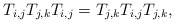
\begin{gather*}T_{i,j}T_{j,k}T_{i,j} = T_{j,k}T_{i,j}T_{j,k},\end{gather*}